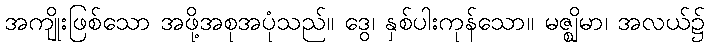
အကျိုးဖြစ်သော အဖို့အစုအပုံသည်။ ဒွေ၊ နှစ်ပါးကုန်သော။ မဇ္ဈိမာ၊ အလယ်၌